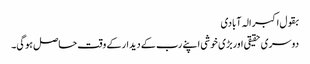
بقول اکبر الہ آبادی
دوسری حقیقی اوربڑی خوشی اپنے رب کے دیدار کے وقت حاصل ہوگی۔